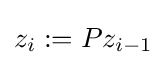
z_{i}:=Pz_{i-1}